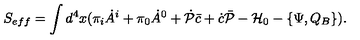
S _ { e f f } = \int d ^ { 4 } x ( \pi _ { i } \dot { A } ^ { i } + \pi _ { 0 } \dot { A } ^ { 0 } + \dot { \cal P } \bar { c } + \dot { c } \bar { \cal P } - { \cal H } _ { 0 } - \{ \Psi , Q _ { B } \} ) .